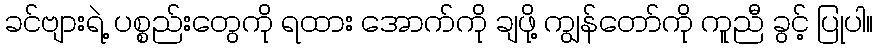
ခင်ဗျားရဲ့ ပစ္စည်းတွေကို ရထား အောက်ကို ချဖို့ ကျွန်တော်ကို ကူညီ ခွင့် ပြုပါ။